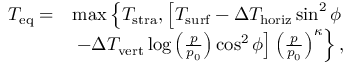
\begin{array} { r l } { T _ { \mathrm { e q } } = } & { \operatorname* { m a x } \left\{ T _ { \mathrm { s t r a } } , \left[ T _ { \mathrm { s u r f } } - \Delta T _ { \mathrm { h o r i z } } \sin ^ { 2 } \phi \right. \right. } \\ & { \left. \left. - \Delta T _ { \mathrm { v e r t } } \log \left( \frac { p } { p _ { 0 } } \right) \cos ^ { 2 } \phi \right] \left( \frac { p } { p _ { 0 } } \right) ^ { \kappa } \right\} , } \end{array}